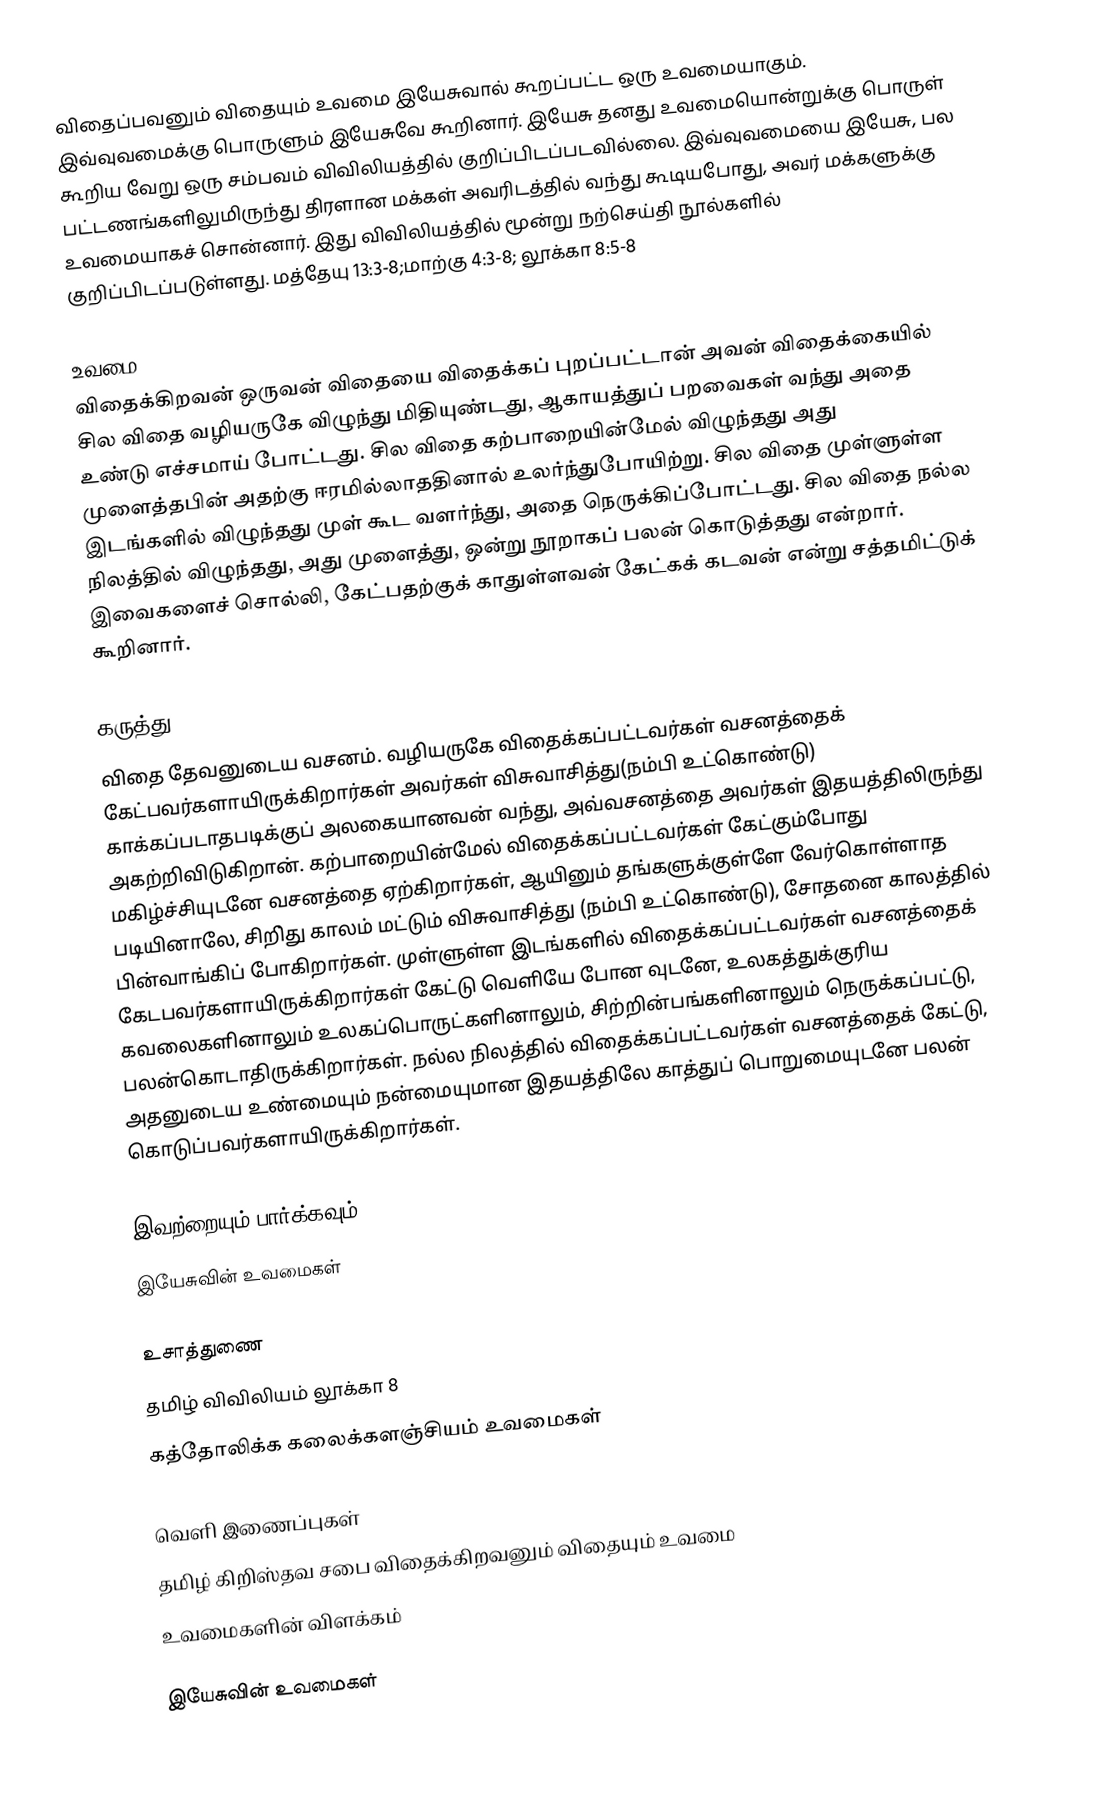
விதைப்பவனும் விதையும் உவமை இயேசுவால் கூறப்பட்ட ஒரு உவமையாகும். இவ்வுவமைக்கு பொருளும் இயேசுவே கூறினார். இயேசு தனது உவமையொன்றுக்கு பொருள் கூறிய வேறு ஒரு சம்பவம் விவிலியத்தில் குறிப்பிடப்படவில்லை. இவ்வுவமையை இயேசு, பல பட்டணங்களிலுமிருந்து திரளான மக்கள் அவரிடத்தில் வந்து கூடியபோது, அவர் மக்களுக்கு உவமையாகச் சொன்னார். இது விவிலியத்தில் மூன்று நற்செய்தி நூல்களில் குறிப்பிடப்படுள்ளது. மத்தேயு 13:3-8;மாற்கு 4:3-8; லூக்கா 8:5-8

உவமை
விதைக்கிறவன் ஒருவன் விதையை விதைக்கப் புறப்பட்டான் அவன் விதைக்கையில் சில விதை வழியருகே விழுந்து மிதியுண்டது, ஆகாயத்துப் பறவைகள் வந்து அதை உண்டு எச்சமாய் போட்டது. சில விதை கற்பாறையின்மேல் விழுந்தது அது முளைத்தபின் அதற்கு ஈரமில்லாததினால் உலர்ந்துபோயிற்று. சில விதை முள்ளுள்ள இடங்களில் விழுந்தது முள் கூட வளர்ந்து, அதை நெருக்கிப்போட்டது. சில விதை நல்ல நிலத்தில் விழுந்தது, அது முளைத்து, ஒன்று நூறாகப் பலன் கொடுத்தது என்றார். இவைகளைச் சொல்லி, கேட்பதற்குக் காதுள்ளவன் கேட்கக் கடவன் என்று சத்தமிட்டுக் கூறினார்.

கருத்து
விதை தேவனுடைய வசனம். வழியருகே விதைக்கப்பட்டவர்கள் வசனத்தைக் கேட்பவர்களாயிருக்கிறார்கள் அவர்கள் விசுவாசித்து(நம்பி உட்கொண்டு) காக்கப்படாதபடிக்குப் அலகையானவன் வந்து, அவ்வசனத்தை அவர்கள் இதயத்திலிருந்து அகற்றிவிடுகிறான். கற்பாறையின்மேல் விதைக்கப்பட்டவர்கள் கேட்கும்போது மகிழ்ச்சியுடனே வசனத்தை ஏற்கிறார்கள், ஆயினும் தங்களுக்குள்ளே வேர்கொள்ளாத படியினாலே, சிறி்து காலம் மட்டும் விசுவாசித்து (நம்பி உட்கொண்டு), சோதனை காலத்தில் பின்வாங்கிப் போகிறார்கள். முள்ளுள்ள இடங்களில் விதைக்கப்பட்டவர்கள் வசனத்தைக் கேடபவர்களாயிருக்கிறார்கள் கேட்டு வெளியே போன வுடனே, உலகத்துக்குரிய கவலைகளினாலும் உலகப்பொருட்களினாலும், சிற்றின்பங்களினாலும் நெருக்கப்பட்டு, பலன்கொடாதிருக்கிறார்கள். நல்ல நிலத்தில் விதைக்கப்பட்டவர்கள் வசனத்தைக் கேட்டு, அதனுடைய உண்மையும் நன்மையுமான இதயத்திலே காத்துப் பொறுமையுடனே பலன் கொடுப்பவர்களாயிருக்கிறார்கள்.

இவற்றையும் பார்க்கவும்
 இயேசுவின் உவமைகள்

உசாத்துணை
தமிழ் விவிலியம் லூக்கா 8
கத்தோலிக்க கலைக்களஞ்சியம் உவமைகள்

வெளி இணைப்புகள்
தமிழ் கிறிஸ்தவ சபை  விதைக்கிறவனும் விதையும் உவமை
 உவமைகளின் விளக்கம்

இயேசுவின் உவமைகள்